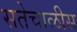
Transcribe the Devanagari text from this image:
सतेचाळीस